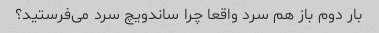
بار دوم باز هم‌ سرد واقعا چرا ساندویچ سرد می‌فرستید؟